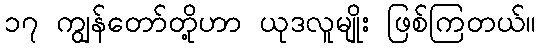
၁၇ ကျွန်တော်တို့ဟာ ယုဒလူမျိုး ဖြစ်ကြတယ်။